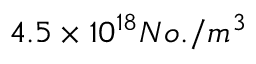
4 . 5 \times 1 0 ^ { 1 8 } N o . / m ^ { 3 }